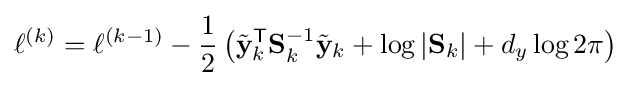
\ell ^{(k)}=\ell ^{(k-1)}-{\frac {1}{2}}\left({\tilde {\mathbf {y} }}_{k}^{\textsf {T}}\mathbf {S} _{k}^{-1}{\tilde {\mathbf {y} }}_{k}+\log \left|\mathbf {S} _{k}\right|+d_{y}\log 2\pi \right)